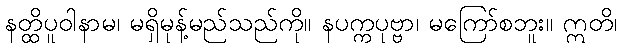
နတ္ထိပူဝါနာမ၊ မရှိမုန့်မည်သည်ကို။ နပက္ကပုဗ္ဗာ၊ မကြော်စဘူး။ ဣတိ၊